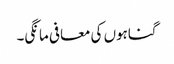
گناہوں کی معافی مانگی۔